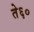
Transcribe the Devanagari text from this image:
ते६०